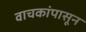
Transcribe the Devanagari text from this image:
वाचकांपासून